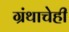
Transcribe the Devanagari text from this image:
ग्रंथाचेही